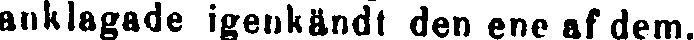
anklagade igenkändt den ene af dem.